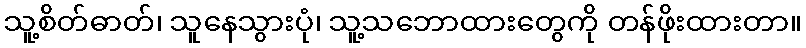
သူ့စိတ်ဓာတ်၊ သူနေသွားပုံ၊ သူ့သဘောထားတွေကို တန်ဖိုးထားတာ။